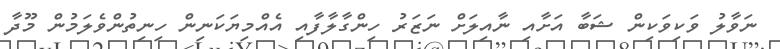
ނަވާލު ވަކިވަކިން ޝަބާ އަށާއި ނާއިލަށް ނަޒަރު ހިންގާލާފާއި އެއްމިޔަކަނިން ހިނިތުންވެލަމުން މޫދާ